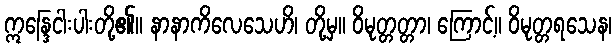
ဣန္ဒြေငါးပါးတို့၏။ နာနာကိလေသေဟိ၊ တို့မှ။ ဝိမုတ္တတ္တာ၊ ကြောင့်။ ဝိမုတ္တရသေန၊